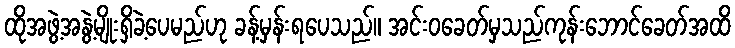
ထိုအဖွဲ့အနွဲ့မျိုးရှိခဲ့ပေမည်ဟု ခန့်မှန်းရပေသည်။ အင်းဝခေတ်မှသည်ကုန်းဘောင်ခေတ်အထိ